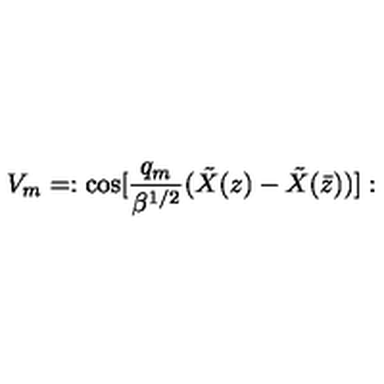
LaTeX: V _ { m } = : \mathrm { c o s } [ { \frac { q _ { m } } { \beta ^ { 1 / 2 } } } ( { \tilde { X } } ( z ) - { \tilde { X } } ( { \bar { z } } ) ) ] :